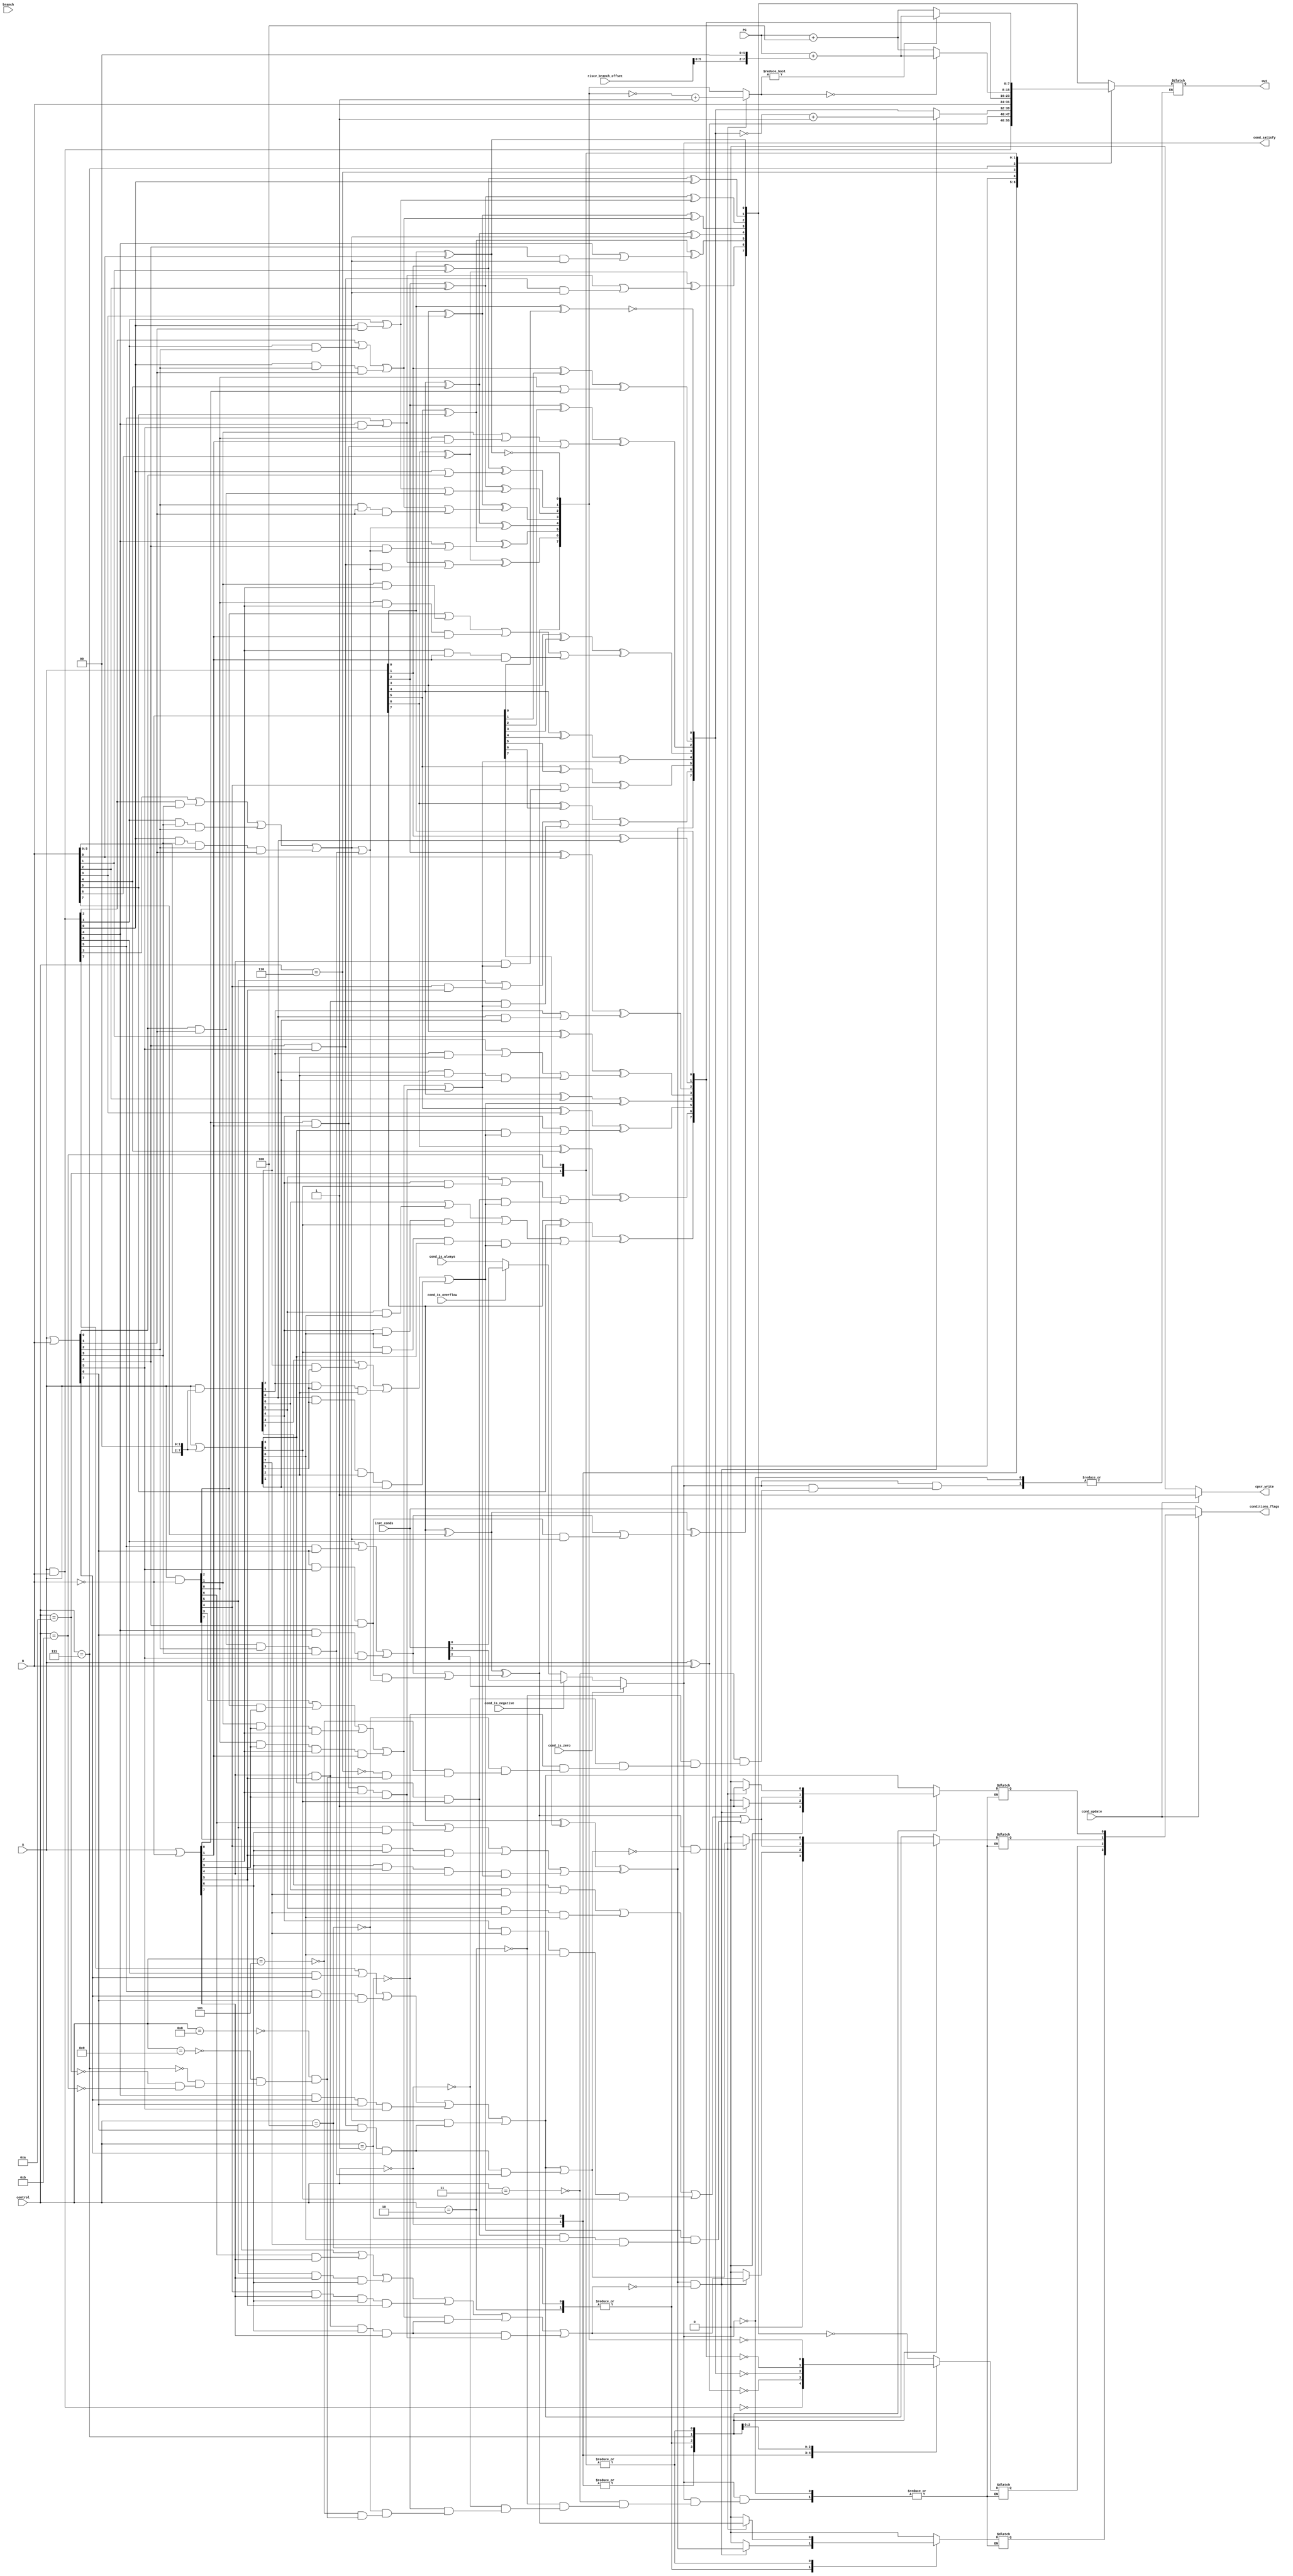
module ALU_TopModule(A,B,control,inst_conds,cond_is_zero,cond_is_negative,cond_is_overflow,cond_is_always,cond_update,branch,riscv_branch_offset,PC,cond_satisfy,out,conditions_flags,cpsr_write);
  input [7:0] A,B;	/* declaration of the inputs outputs and required intermediate register*/
  input [3:0] control;
  input cond_is_zero,cond_is_negative,cond_is_overflow,cond_is_always,cond_update;
  input [3:0] inst_conds; //conditions under which instructions has to be executed ( inst_conds = {N Z C V})
  input branch;
  input [7:0] PC,riscv_branch_offset;;
  output [7:0]out;
  output [3:0]conditions_flags;
  output cpsr_write;
  reg [7:0]a,b;
  reg [7:0]Out;
  reg oN;
  reg oZ;
  reg oC;
  reg oV;
  output reg cond_satisfy;
  assign out = Out;
  
  assign conditions_flags = cond_update ? {oN,oZ,oC,oV}: inst_conds;
  assign cpsr_write = cond_update ? 1 :0;
  //Whether to execute instructions or not (according to condition fields of instruction(31:28))
  //for example BZ #6 if Z is zero then take branch
  
  always @(*) begin
    if (cond_is_zero)
      cond_satisfy = inst_conds[2];
    else if (cond_is_negative)
      cond_satisfy = inst_conds[3];
    else if (cond_is_overflow)
      cond_satisfy = inst_conds[0];
    else
      cond_satisfy = cond_is_always;
  end
        
  always @(*)	// making the  whole process respond to the any signal
    begin
      if(cond_satisfy) begin
        case(control)	//The operation done by the ALU is controlled by the control signal.
          4'b0011:begin
            CLA2(A,B,1'b0,Out,oN,oZ,oC,oV);	//performs addition for this opcode
          end
          4'b0010:CLA2(A,~B,1'b1,Out,oN,oZ,oC,oV); //performs subtraction using one's compliment addition for this opcode
          4'b0000: begin
            Out = A & B;	//performs logical AND for this opcode
            oN = 0;
            oZ = (Out == 8'b0);
            oC =0;
            oV =0;
          end
          4'b0001: begin
            Out = A^B; //performs logical XOR of this opcode 
            oN = 0;
            oZ = (Out == 8'b0);
            oC =0;
            oV =0;
          end
          4'b0100: begin
            CLA2(A,~B,1'b1,Out,oN,oZ,oC,oV); //CMP instruction
          end
          4'b0101: begin
            CLA2(A,B,1'b0,Out,oN,oZ,oC,oV); //CMN instruction
          end
          4'b0110: Out = B; //MOV Instruction  Bypass ALU 
          4'b1000: CLA2(A,B,1'b0,Out,oN,oZ,oC,oV); //Load  
          4'b1001: CLA2(A,B,1'b0,Out,oN,oZ,oC,oV); // Store
          4'b0111: begin
            barrel_shifter(B,3'b010,1,0,b);
            CLA2(A,b,1'b0,Out,oN,oZ,oC,oV);  //branch B ARM 
          end
          4'b1010: begin
            barrel_shifter(riscv_branch_offset,3'b010,1,0,b);
            CLA2(A,B,1'b1,Out,oN,oZ,oC,oV);  //branch BEQ RISC V
            Out = (Out == 8'b0) ? PC + b : PC+4;
            //cond_satisfy = (Out == 8'b0) ? 1:0;
          end
          4'b1011: begin
            barrel_shifter(riscv_branch_offset,3'b010,1,0,b);
            CLA2(A,B,1'b1,Out,oN,oZ,oC,oV);  //branch BNEQ RISV V
            Out = (Out != 8'b0) ? PC + b : PC+4;
            //cond_satisfy = (Out == 8'b0) ? 0:1;
          end
          
        endcase
      end
  end
  
  task CLA2;
    // Carry look ahead adder 
    input [7:0] a; //8 bits Input 1 
    input [7:0] b; //8 bits Input 2 
    input cin;  //Input Carry
    output [7:0] out;  // 8 bits output 
    output oN;
    output oZ;
    output oC;
    output oV;
    // Internal wires g, p, G, P, c, C 
    reg[7:0]g;
    reg [7:0]p;
    reg G0,G1;
    reg P0,P1;
    reg Neg;
    reg [7:0]c;
    reg C1,C2;
    begin
      c[0] = cin;

      /* c[i+1] = a[i] * b[i] + c[i] * (a[i] + b[i]) c[i+1] = g[i] + c[i] * p[i] */

      g = a & b; 
      p = a | b;

      /* C[i] = G[i] + P[i] * C[i]
      Splitting 7 bits adder into two 4 bits adder C[1] is carry out from first block */
      // Precomputing P, G and C to save some cycles 

      P0 = p[0] & p[1] & p[2] & p[3];
      P1 = p[4] & p[5] & p[6] & p[7];
      G0 = g[3] | g[2] & p[3] | g[1] & p[3] & p[2] | g[0] & p[3] & p[2] & p[1];
      G1 = g[7] | g[6] & p[7] | g[5] & p[7] & p[6] | g[4] & p[7] & p[6] & p[5];
      C1 = G0 | P0 & c[0];
      C2 = G1 | G0 & P1 | P1 & P0 & c[0];

      c[1] = g[0] | p[0] & c[0];
      c[2] = g[1] | g[0] & p[1] | p[1] & p[0] & c[0];
      c[3] = g[2] | g[1] & p[2] | g[0] & p[2] & p[1] | p[2] & p[1] & p[1] & c[0]; 
      c[4] = C1;
      c[5] = g[4] | p[4] & C1;
      c[6] = g[5] | g[4] & p[5] | p[5] & p[4] & C1;
      c[7] = g[6] | g[5] & p[6] | g[4] & p[6] & p[5] | p[6] & p[5] & p[4] & C1; 

      out[0] = a[0] ^ b[0] ^ c[0];	// final operations 
      out[1] = a[1] ^ b[1] ^ c[1];
      out[2] = a[2] ^ b[2] ^ c[2];
      out[3] = a[3] ^ b[3] ^ c[3];
      out[4] = a[4] ^ b[4] ^ c[4];
      out[5] = a[5] ^ b[5] ^ c[5];
      out[6] = a[6] ^ b[6] ^ c[6];
      out[7] = a[7] ^ b[7] ^ c[7];
      oC = C2;	//assiging the C/V if carry/overflow occurs 
      oZ = (out == 8'b0);
      Neg = 0;
      if (cin) begin
        if (out[7] & ~C2) begin
          Neg = out[7];
          out = ~out + 1;
          oV = 1;
        end
        else begin
          oC = 0;
          oV = 0;
        end
      end
      else
        oV = C2;
      
      oN = Neg;
    end
  endtask

task barrel_shifter;
  input [7:0] a;
  input [2:0] shift_by;
  input lsh;
  input rsh;
  output [7:0] b;
  reg [7:0] b;
  begin
  //lsh true left shift by (shift_by)
  //rsh true right shift by (shift_by)
    if (lsh) begin
    case (shift_by)
      3'b000: b = a;
      3'b001: b = a << 1;
      3'b010: b = a << 2;
      3'b011: b = a << 3;
      3'b100: b = a << 4;
      3'b101: b = a << 5;
      3'b110: b = a << 6;
      3'b111: b = a << 7;
    endcase
    end
    else if (rsh) begin
      case(shift_by)
      3'b000: b = a;
      3'b001: b = a>>1;
      3'b010: b = a>>2;
      3'b011: b = a>>3;
      3'b100: b = a>>4;
      3'b101: b = a>>5;
      3'b110: b = a>>6;
      3'b111: b = a>>7;
      endcase
    end
  end
endtask

endmodule